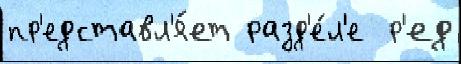
пр'едставл'я́ет разд'е́л'е  р'ед